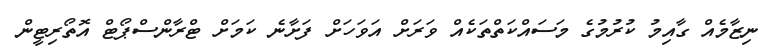
ނިޒާމެއް ގާއިމު ކުރުމުގެ މަސައްކަތްތަކެއް ވަރަށް އަވަހަށް ފަށާނެ ކަމަށް ޓްރާންސްޕޯޓް އޮތޯރިޓީން